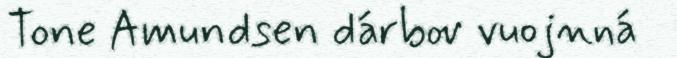
Tone Amundsen dárbov vuojnná